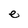
Character: e